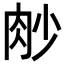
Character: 𦙧